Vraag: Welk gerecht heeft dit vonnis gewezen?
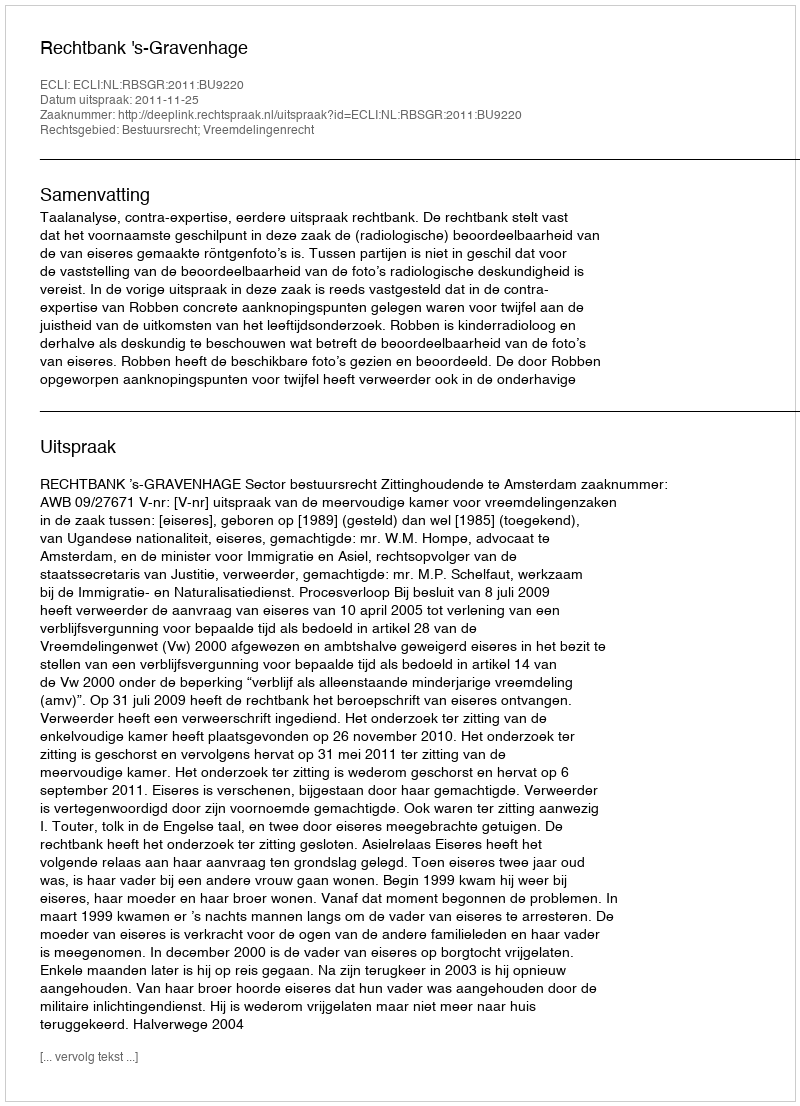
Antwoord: Rechtbank 's-Gravenhage